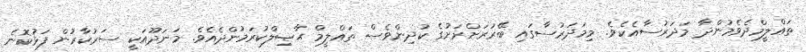
ތަޢްލީމްދެވެމުންދާ މަދަރުސާއެކެވެ. މިމަދަރުސާގައި ބޭރުރަށްރަށުގެ ކުދިންވެސް ތަޢްލީމް ޙާޞިލްކުރަމުންދެއެވެ. މަނަދޫއަކީ ސަރުކާރުން ފަޅުކޮނެ